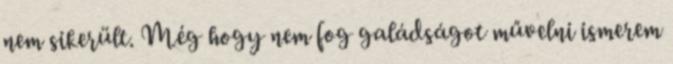
nem sikerült. Még hogy nem fog galádságot művelni ismerem